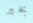
بخير